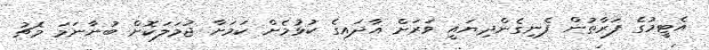
އެޓީމުގެ ފަރާތުން ފެނިގެންދިޔައީ ވަރަށް އާދައިގެ ކުޅުމެށް ކަމަށާ ޖުމަލަކޮށް ބުނާނަމަ މެޗު